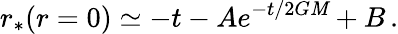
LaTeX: r_{*}(r=0)\simeq-t-Ae^{-t/2G\mathit{M}}+B\, .